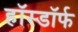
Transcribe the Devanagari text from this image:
हॉस्डॉर्फ